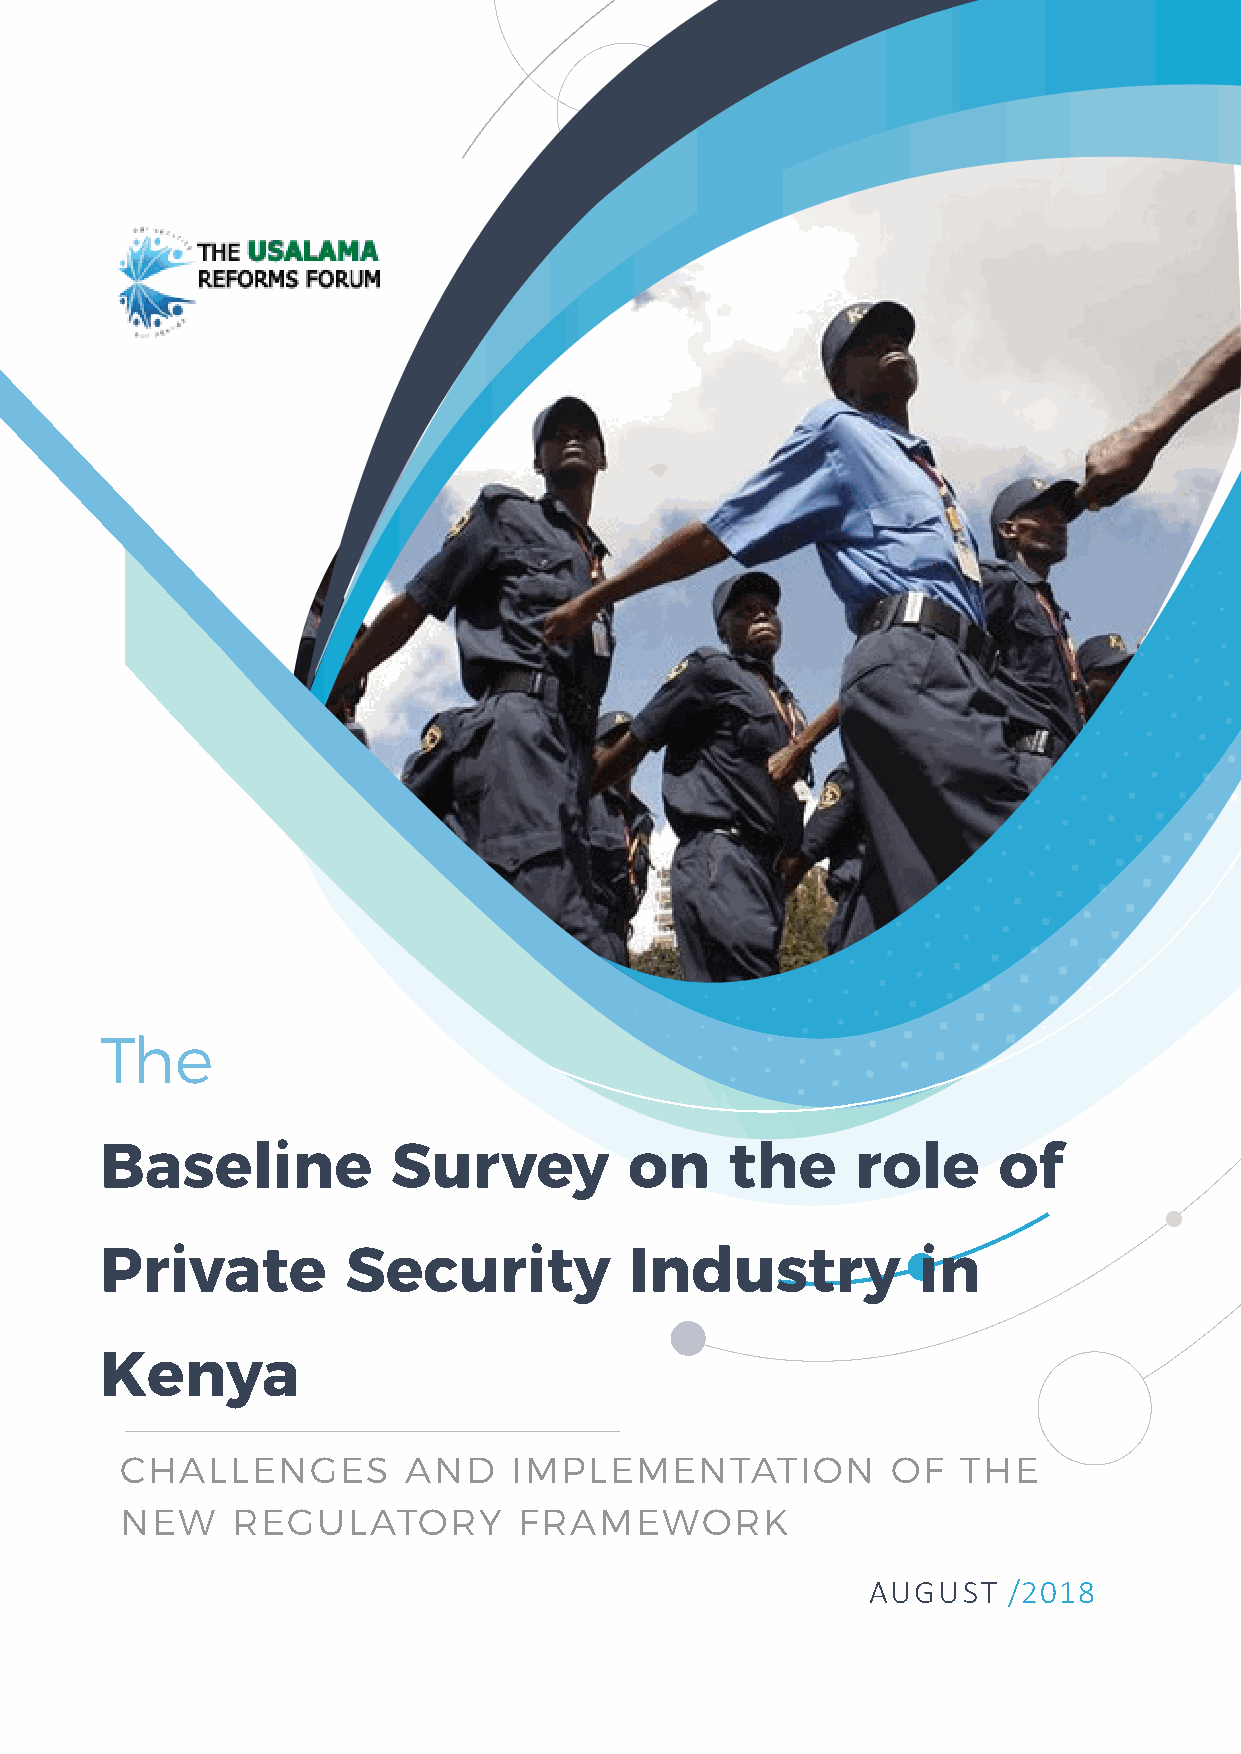
I
 BASELINE REPORT 2018
 The
 Baseline           Survey          on    the      role     of
 Private         Security           Industry           in
 Kenya
 CHALLENGES         AND    IMPLEMENTATION           OF   THE
 NEW    REGULATORY         FRAMEWORK
 AUGUST    /2018